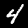
Label: 4